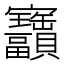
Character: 𫴫